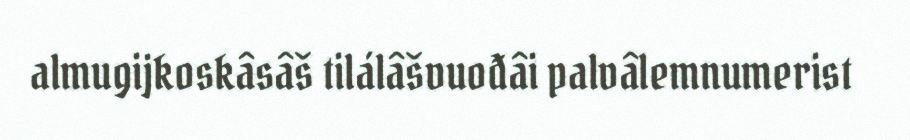
almugijkoskâsâš tilálâšvuođâi palvâlemnumerist